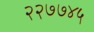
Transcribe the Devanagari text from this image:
२२७७४५